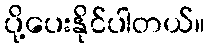
ပို့ပေးနိုင်ပါတယ်။